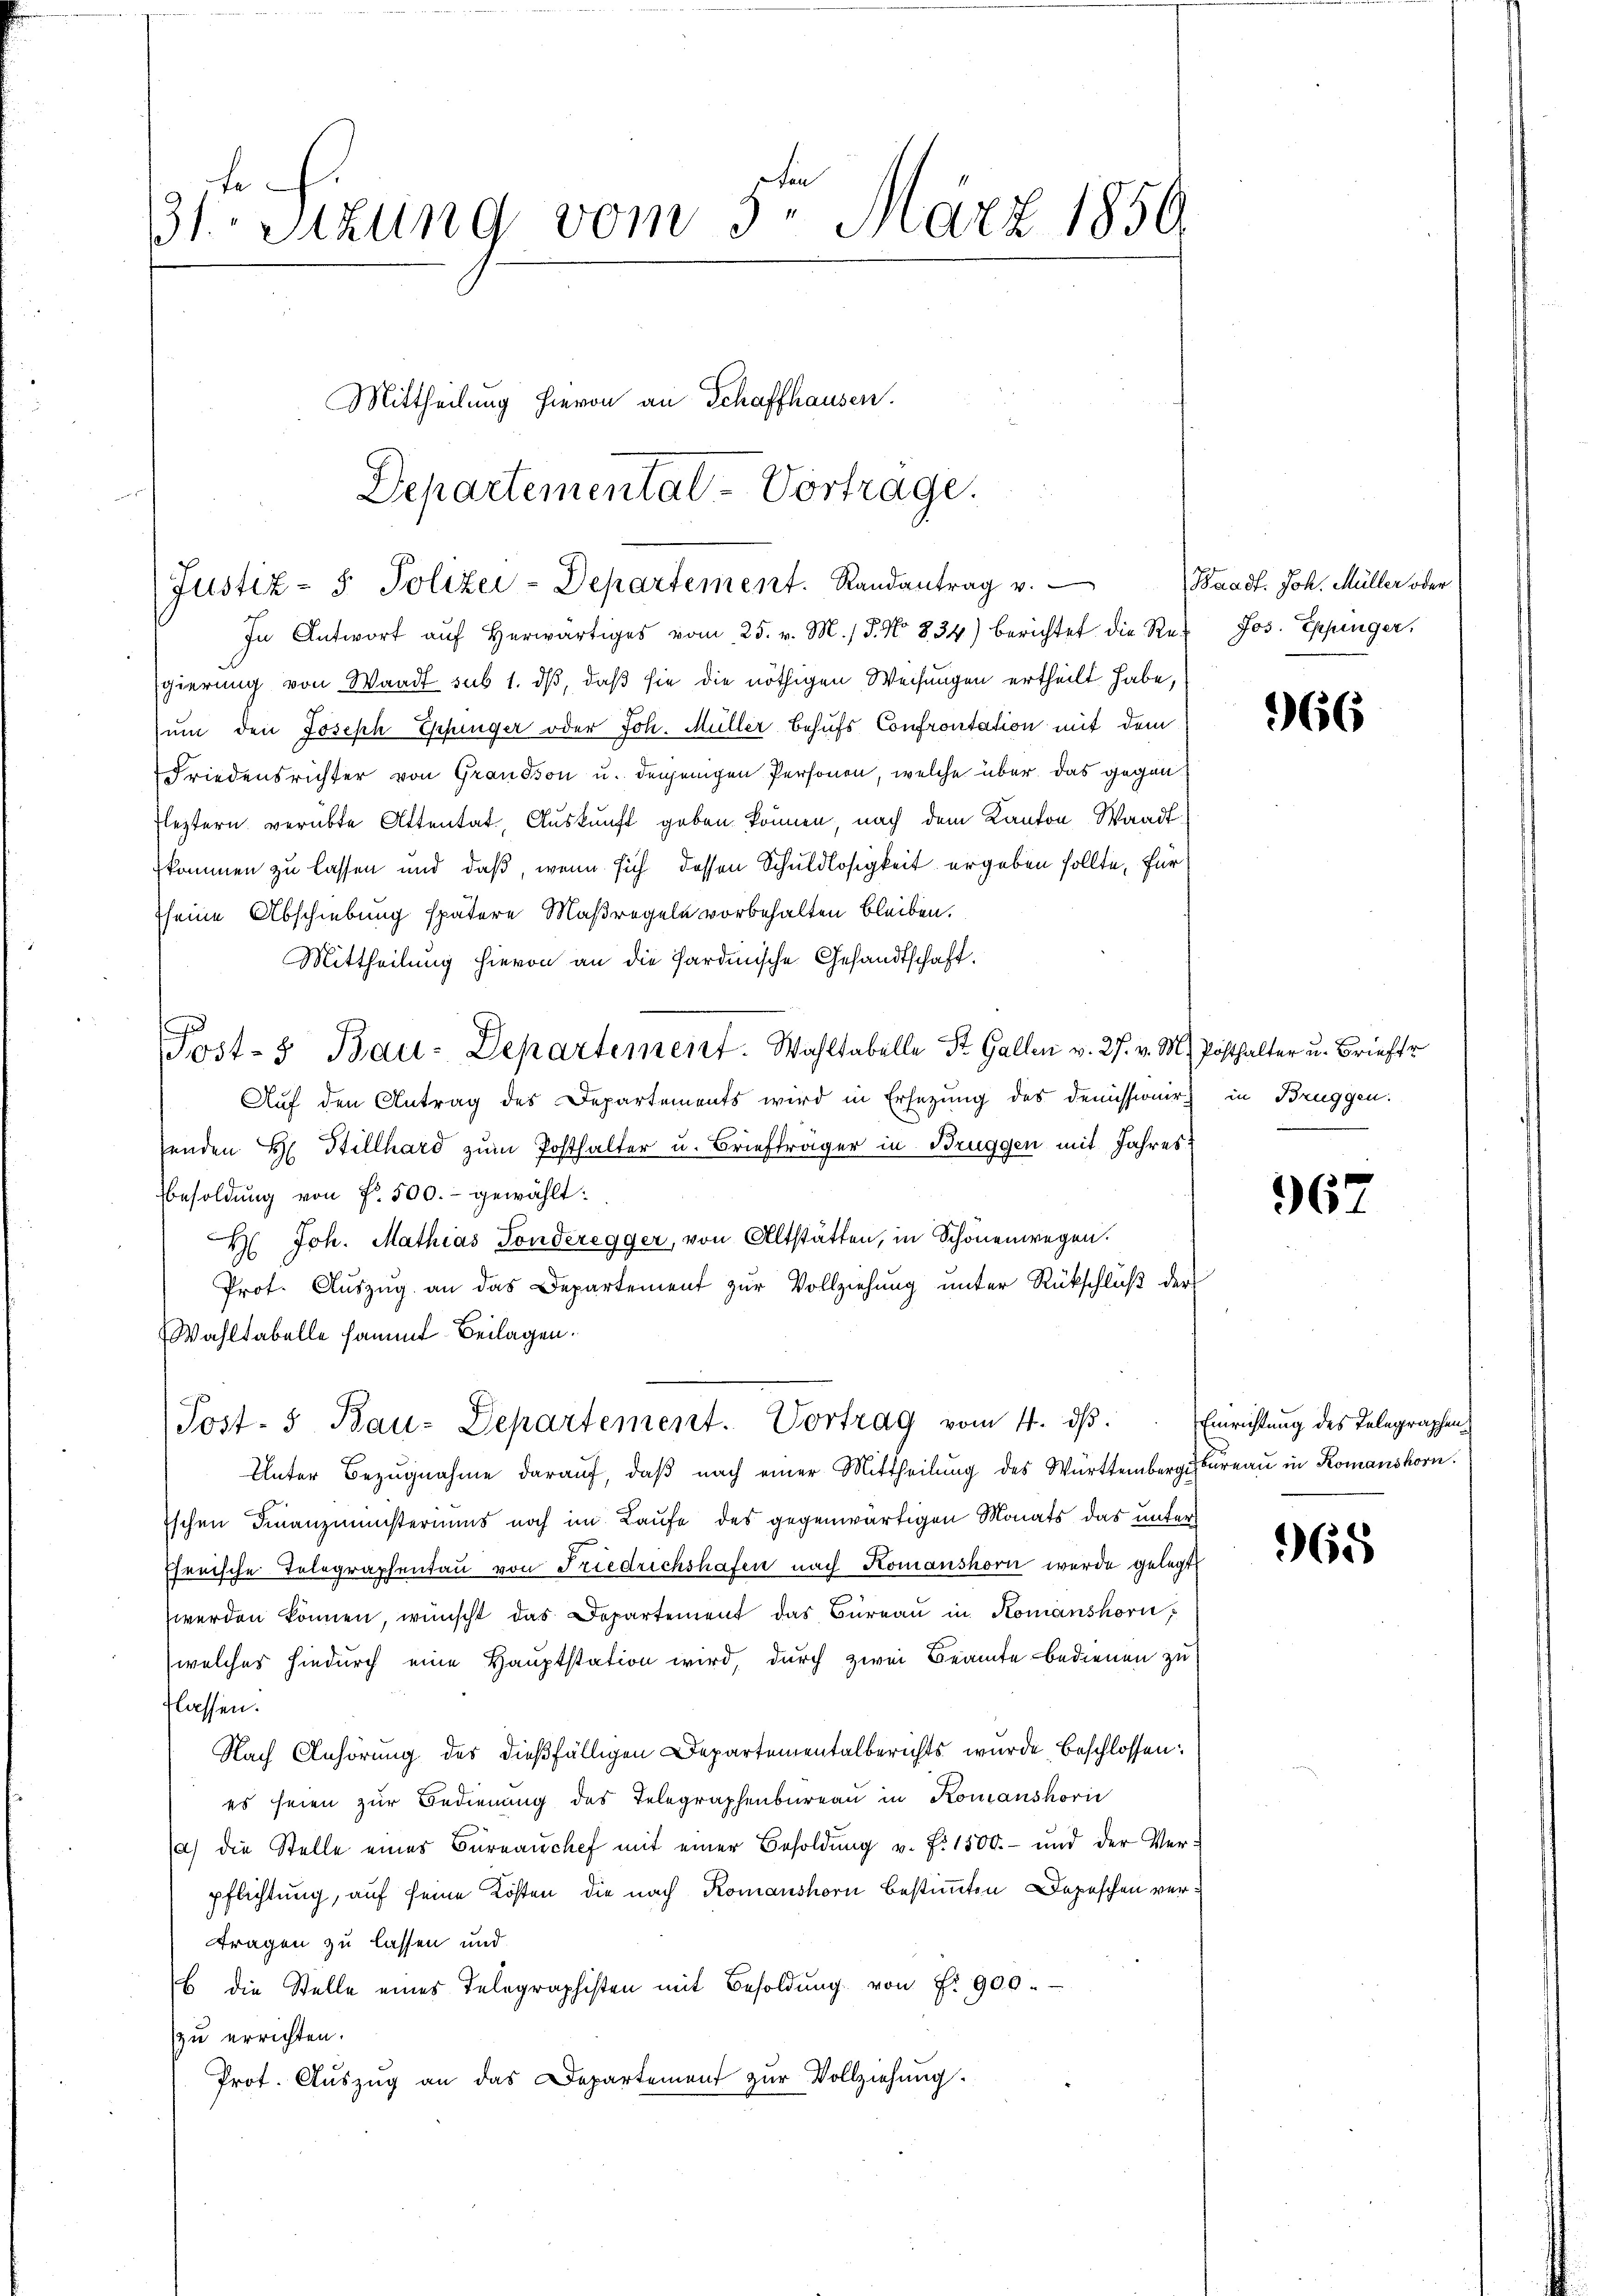
331. Sizung vom 3. März 1850.

Mittheilung hievon an Schaffhausen.
Departementat-Vortrage.

Justiz- & Polizei-Departement. Randantrag v.

In Antwort aŭf herwärtiges vom 25. v. M. / 5. No 834) berichtet die Re- Jos. Eppinger,
gierung von Waadt sub 1. dß, daß sie die nöthigen Weisungen ertheilt habe,
um den Joseph Eschinger oder Joh. Müller Behufs Confrontation mit dem
Friedensrichter von Grandson u. denjenigen Personen, welche über das gegen
Fleztern verübte Attentat, Auskunft geben können, nach dem Kanton Waadtkommen zu lassen und daß, wenn sich dessen Schuldlosigkeit ergeben sollte, für
seine Abschiebung spätere Maßregeln vorbehalten bleiben.
Mittheilung hievon an die Sardinische Gesandtschaft.
Post-3 Bau-Departement. Wahltabelle St. Gallen v. 27. v. M. Posthalter u. Briefer
Auf den Antrag des Departements wird in Ersezung des Demissionirt in Bruggen.
tenden H. Stillhard zum Posthalter u. Briefträger in Brüggen mit Jahres
Besoldung von Fr. 500.- gewählt:
 Joh. Mathias Fonderegger, von Altstätten, in Schönenwegen.
Prot. Auszug an das Departement zur Vollziehung unter Rückschluß der
Wahltabelle sammt Beilagen.
Post- & Bau-Departement. Vortrag vom 4. ds.
Unter Bezugnahme darauf, daß nach einer Mittheilung des Württembergebernau in Romanshorn.
Eschen Finanzministeriums noch im Laufe des gegenwärtigen Monats das unter
Ehrnische Telegraphentaŭ von Friedrichshafen nach Komanshorn werde gelegt
werden können, wünscht das Departement das Büreaŭ in Komanshorn,
welches hindurch eine Hauptstation wird, durch zwei Beamte bedienen zu
flassen.
Nach Anhörung des dießfälligen Departementalberichts wurde, beschlossen:
es seien zŭr Bedienŭng des Telegraphenbüreaŭ in Komanshović
a) die Stelle eines Büreaŭchef mit einer Besoldŭng u. f. 1500.- und der Verpflichtung, auf seine Kosten die nach Komanshorn bestimmten Depeschen ver¬
Fragen zu lassen und
b die Stelle eines Telegraphisten mit Besoldŭng von Fr. 900.
zu errichten.
Prot. Auszug an das Departement zur Vollziehung.

Waadt. Joh. Müller oder

366

367

Einrichtung des Telegraphen¬

965